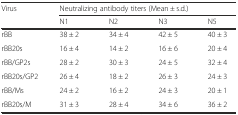
<table><thead><tr><td rowspan="2"><b>Virus</b></td><td colspan="4"><b>Neutralizing antibody titers (Mean ± s.d.)</b></td></tr><tr><td><b>N1</b></td><td><b>N2</b></td><td><b>N3</b></td><td><b>N5</b></td></tr></thead><tbody><tr><td>rBB</td><td>38 ± 2</td><td>34 ± 4</td><td>42 ± 5</td><td>40 ± 3</td></tr><tr><td>rBB20s</td><td>16 ± 4</td><td>14 ± 2</td><td>16 ± 6</td><td>20 ± 4</td></tr><tr><td>rBB/GP2s</td><td>28 ± 2</td><td>30 ± 3</td><td>24 ± 5</td><td>32 ± 4</td></tr><tr><td>rBB20s/GP2</td><td>26 ± 4</td><td>18 ± 2</td><td>26 ± 3</td><td>24 ± 3</td></tr><tr><td>rBB/Ms</td><td>24 ± 2</td><td>16 ± 2</td><td>24 ± 3</td><td>20 ± 1</td></tr><tr><td>rBB20s/M</td><td>31 ± 3</td><td>28 ± 4</td><td>34 ± 6</td><td>36 ± 2</td></tr></tbody></table>